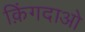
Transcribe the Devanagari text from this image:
क़िंगदाओ